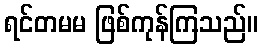
ရင်တမမ ဖြစ်ကုန်ကြသည်။